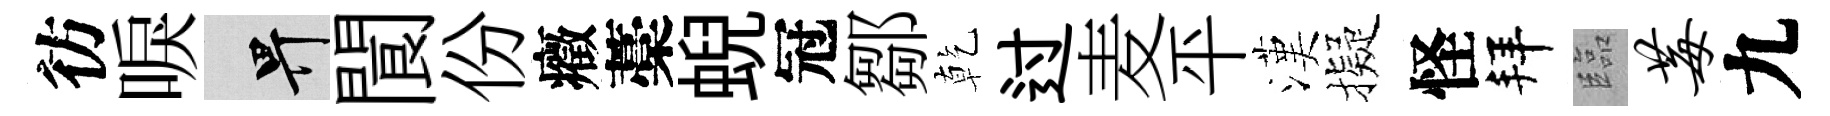
彷唳畀閬份癥藁蜺冠鄒乾过麦平漢擬怪拜臨莓九